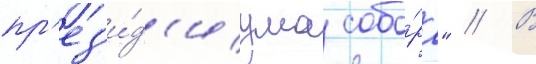
пр'ез'и́д'иума собо́ра" // В